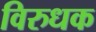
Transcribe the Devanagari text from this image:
विरुधक